Annual report of the Central Committee of the Association together with the report of the directors of the Pasteur Institute at Kasauli
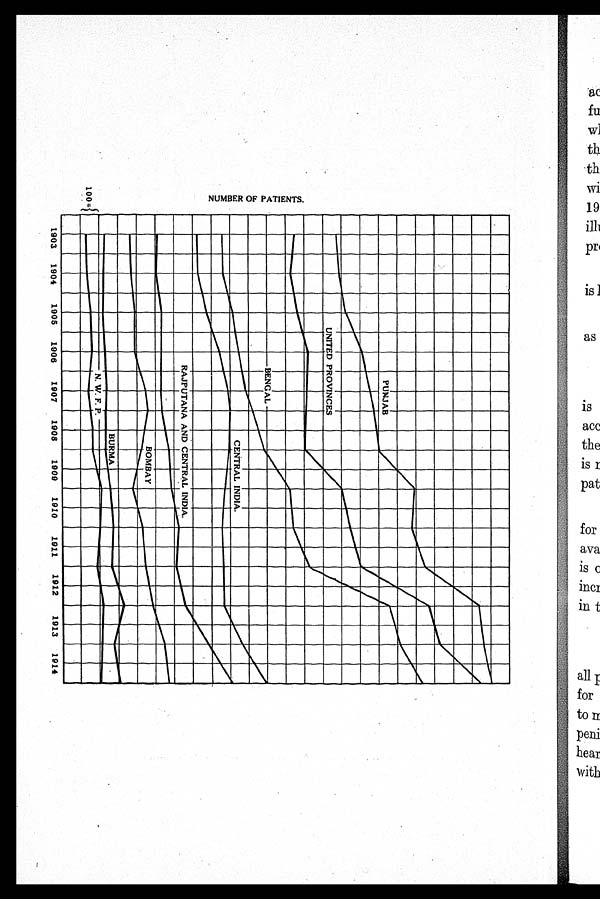
NUMBER OF PATIENTS.